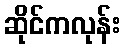
ဆိုင်ကလုန်း